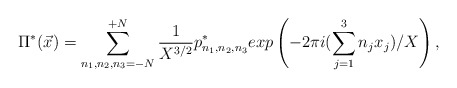
\begin{align*}\Pi^{*}({\vec x}) = \sum_{n_1,n_2,n_3=-N}^{+N} \frac{1}{X^{3/2}}p^*_{n_1,n_2,n_3}exp\left(-2\pi i (\sum_{j=1}^{3} n_j x_j)/X \right),\end{align*}